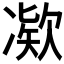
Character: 𫥗